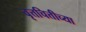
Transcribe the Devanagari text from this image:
वृत्तचित्तीच्या